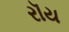
રૉય